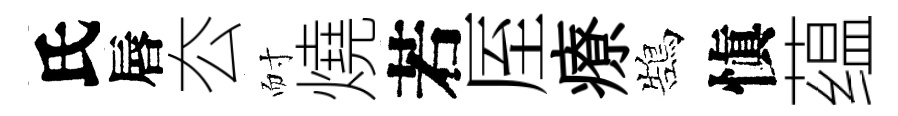
氏唇厺耐燒若厔療鵠愼蕴